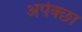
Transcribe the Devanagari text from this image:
अपेक्छा